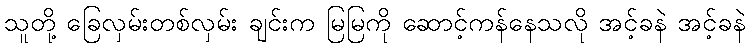
သူတို့ ခြေလှမ်းတစ်လှမ်း ချင်းက မြမြကို ဆောင့်ကန်နေသလို အင့်ခနဲ အင့်ခနဲ